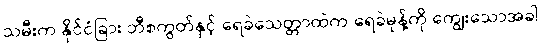
သမီးက နိုင်ငံခြား ဘီစကွတ်နှင့် ရေခဲသေတ္တာထဲက ရေခဲမုန့်ကို ကျွေးသောအခါ